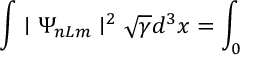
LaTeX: \int \mid \Psi _ { n L m } \mid ^ { 2 } \sqrt { \gamma } d ^ { 3 } x = \int _ { 0 }